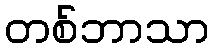
တစ်ဘာသာ